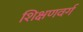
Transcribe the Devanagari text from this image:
शिक्षणवर्ग